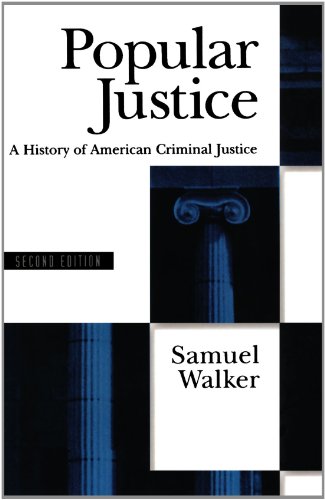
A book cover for Popular Justice: A History of American Criminal Justice; Samuel Walker; Law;